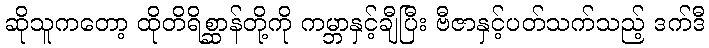
ဆိုသူကတော့ ထိုတိရိစ္ဆာန်တို့ကို ကမ္ဘာနှင့်ချီပြီး ဗီဇာနှင့်ပတ်သက်သည့် ဒက်ဒီ